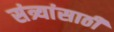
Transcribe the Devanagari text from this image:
संत्र्यांसाठी